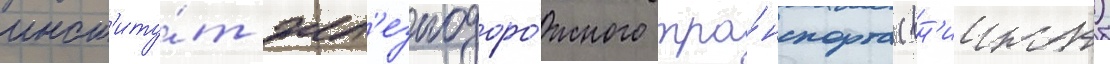
инст'иту́т жел'езнодоро́жного тра́нспорта (вн'иижт)